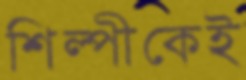
শিল্পীকেই